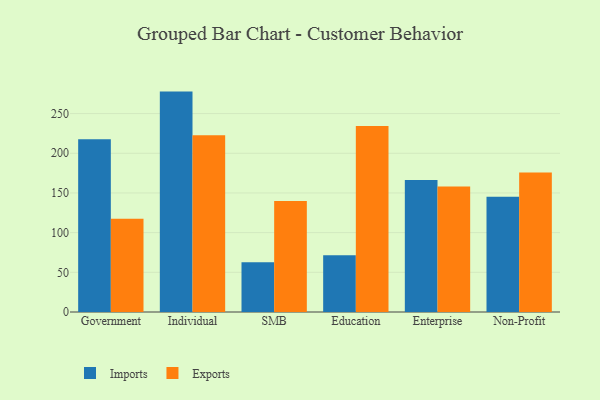
{"axis": {"x": "Segment", "y": "Active Users"}, "legend": ["Exports", "Imports"], "data": [{"x": "Government", "y": 217.7, "type": "Imports"}, {"x": "Government", "y": 117.4, "type": "Exports"}, {"x": "Individual", "y": 277.7, "type": "Imports"}, {"x": "Individual", "y": 222.6, "type": "Exports"}, {"x": "SMB", "y": 62.6, "type": "Imports"}, {"x": "SMB", "y": 139.9, "type": "Exports"}, {"x": "Education", "y": 71.5, "type": "Imports"}, {"x": "Education", "y": 234.4, "type": "Exports"}, {"x": "Enterprise", "y": 166.2, "type": "Imports"}, {"x": "Enterprise", "y": 158.2, "type": "Exports"}, {"x": "Non-Profit", "y": 145.3, "type": "Imports"}, {"x": "Non-Profit", "y": 175.9, "type": "Exports"}]}